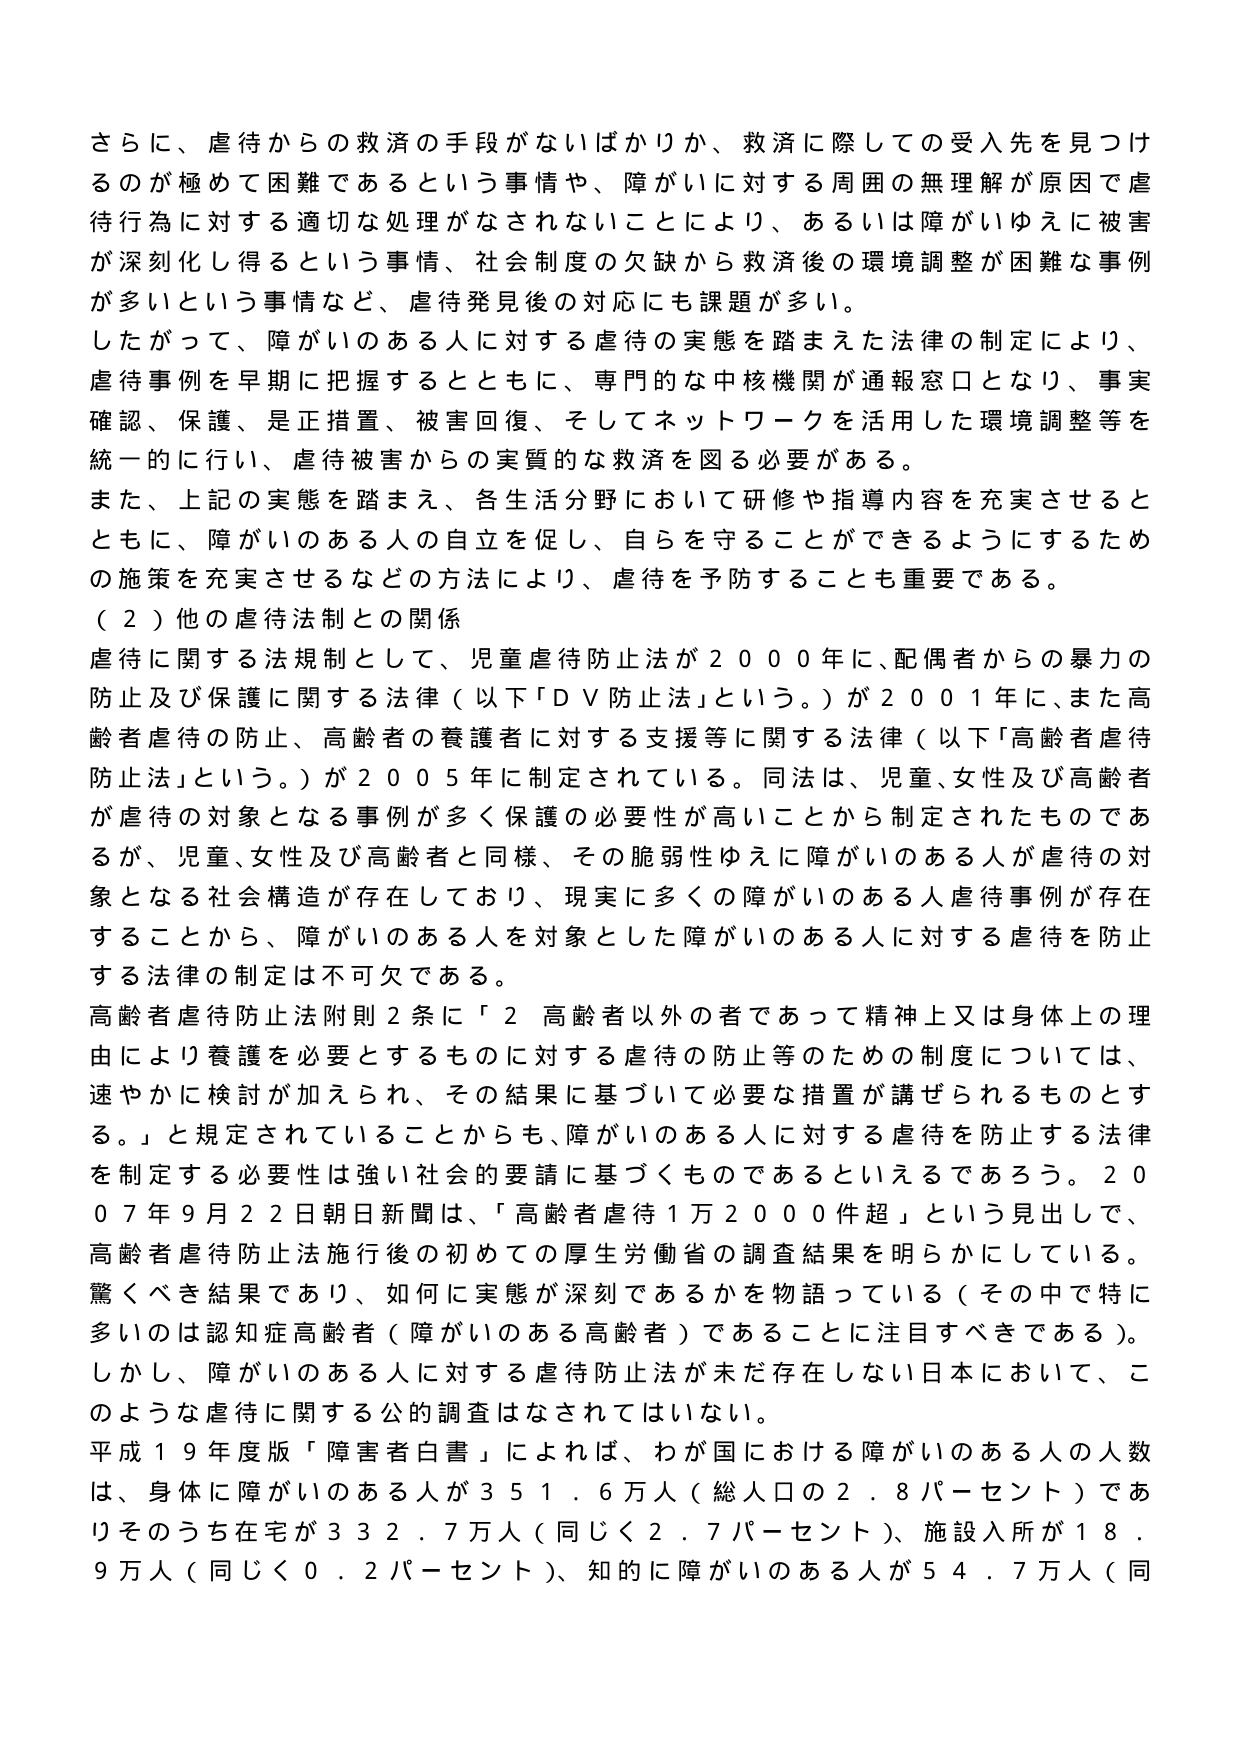
さらに、虐待からの救済の手段がないばかりか、救済に際しての受入先を見つけ
るのが極めて困難であるという事情や、障がいに対する周囲の無理解が原因で虐
待行為に対する適切な処理がなされないことにより、あるいは障がいゆえに被害
が深刻化し得るという事情、社会制度の欠陥から救済後の環境調整が困難な事例
が多いという事情など、虐待発見後の対応にも課題が多い。
したがって、障がいのある人に対する虐待の実態を踏まえた法律の制定により、
虐待事例を早期に把握するとともに、専門的な中核機関が通報窓口となり、事実
確認、保護、是正措置、被害回復、そしてネットワークを活用した環境調整等を
統一的に行い、虐待被害からの実質的な救済を図る必要がある。
また、上記の実態を踏まえ、各生活分野において研修や指導内容を充実させると
ともに、障がいのある人の自立を促し、自らを守ることができるようにするため
の施策を充実させるなどの方法により、虐待を予防することも重要である。
（２）他の虐待法制との関係
虐待に関する法規制として、児童虐待防止法が２０００年に、配偶者からの暴力の
防止及び保護に関する法律（以下「ＤＶ防止法」という。）が２００１年に、また高
齢者虐待の防止、高齢者の養護者に対する支援等に関する法律（以下「高齢者虐待
防止法」という。）が２００５年に制定されている。同法は、児童、女性及び高齢者
が虐待の対象となる事例が多く保護の必要性が高いことから制定されたものであ
るが、児童、女性及び高齢者と同様、その脆弱性ゆえに障がいのある人が虐待の対
象となる社会構造が存在しており、現実に多くの障がいのある人虐待事例が存在
することから、障がいのある人を対象とした障がいのある人に対する虐待を防止
する法律の制定は不可欠である。
高齢者虐待防止法附則２条に「２ 高齢者以外の者であって精神上又は身体上の理
由により養護を必要とするものに対する虐待の防止等のための制度については、
速やかに検討が加えられ、その結果に基づいて必要な措置が講ぜられるものとす
る。」と規定されていることからも、障がいのある人に対する虐待を防止する法律
を制定する必要性は強い社会的要請に基づくものであるといえるであろう。２０
０７年９月２２日朝日新聞は、「高齢者虐待１万２０００件超」という見出しで、
高齢者虐待防止法施行後の初めての厚生労働省の調査結果を明らかにしている。
驚くべき結果であり、如何に実態が深刻であるかを物語っている（その中で特に
多いのは認知症高齢者（障がいのある高齢者）であることに注目すべきである）。
しかし、障がいのある人に対する虐待防止法が未だ存在しない日本において、こ
のような虐待に関する公的調査はなされてはいない。
平成１９年度版「障害者白書」によれば、わが国における障がいのある人の人数
は、身体に障がいのある人が３５１．６万人（総人口の２．８パーセント）であ
りそのうち在宅が３３２．７万人（同じく２．７パーセント）、施設入所が１８．
９万人（同じく０．２パーセント）、知的に障がいのある人が５４．７万人（同